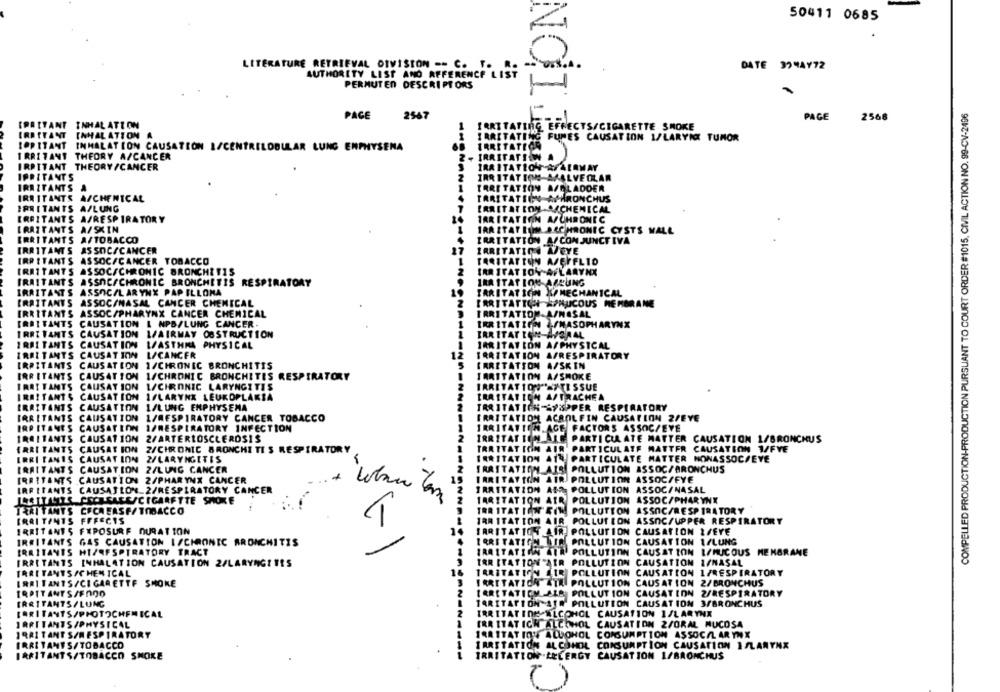
50411 0685
LETERATURE RETRIEVAL DIVISION -- C. T. ..
DATE 324AY72
AUTHORITY LIST AND REFERENCE LIST
PERMUTER DESCRIPTORS
COMPELLED PRODUCTION-PRODUCTION PURSUANT TO COURT ORDER #1015, CIVIL ACTION NO. 99-CV-2496
PACE
2567
PAGE
2568
INHAL ATT ON
ING EFFECTS/CIGARETTE SMOKE
IRRITANT
INHAL ATTON A
IG FUMES CAUSATION 1/LARYICI TUMOR
LOPITANT
INHALATION CAUSATION I/CENTRELOBULAR LUNG ENPHYSENA
IRRITANT THEORY A/CANCER
IRRITATS
IRRITANT THEORY/CANCER
IPRITANTS
IRRITATION AMALVE OLAR
IRRITANTS
TARI TATION A/BLADDER
IRRITANTS
A/CHENICAL
TARITATION ACHRONCHUS
IRRITANTS A/LUNG
LARITATION-A/CHEMICAL
IRRITANTS
A/RESPIRATORY
TAR I TATION A/ CHRONIC
IRRITANT'S
A/SKIN
IRA STATIOM SACHRONIC CYSTS WALL
IRRITANTS
A/TOBACCO
IRRITATION A/ CONJUNCTIVA
AS SOC/CANCER
IRRITANTS
IRRITATION AVEYE
IRRITANTS
ASSOC/CANCER TOBACCO
1
TARITATTON AJEFFLIO
IRRITANTS
ASSOC/CHRONIC BRONCHITIS
IRR TRATTOY AFLARYNX
TRAITANTS ASSOC/CHRONIC BRONCHITIS RESPIRATORY
IRA STATION ASLUNG
IRRITANTS
IRRITATION &/ MECHANICAL
ASSOC/LARYNX PAP ILLONA
ITANT S
ASSOCINASAL CANCER CHEMICAL
IRRITATION APMUCOUS MEMBRANE
TANTS
ASSOC/PHARYNX CANCER CHEMICAL
IRRITATION A/NASAL
TS
CAUSATION L NPB/LUNG CANCER.
IRRITATION JFMASOPHARYNX
RRT
VANTS
CAUSATION I/AIRMAY OBSTRUCTION
IRRITATION-AVORAL
TANTS
CAUSATION W/ASTHMA PHYSICAL
IRRITATION A/ PHYSICAL
NTS
CAUSATION L/CANCER
12
IRRITATION A/RESPIRATORY
TANTS
CAUSATION 1/CHRONIC BRONCHITIS
IRRITATION A/SKIN
TAN
CAUSATION 1/CHRONIC BRONCHITIS RESPIRATORY
IRRITATION A/SMOKE
ITANTS
CAUSATION 1/CHRONIC LARYNGITIS
IRRITAT 109 -7 TISSUE
RAITANTS
IRRITATION A/ TRACHEA
CAUSATION 1/LARYNX LEUKOPLAKIA
RAITANTS
CAUSATION 1/LUNG EMPHYSEMA
IRRITATION ŻYUPPER RESPIRATORY
IRRITANTS
CAUSATION
L/RESPIRATORY CANCER TOBACCO
IRRITATION ACROLFIN CAUSATION 2/EYE
IRPITANES CAUSATION I/RESPIRATORY INFECTION
IRRITATION AGE FACTORS ASSOC/EVE
IRRITANTS
CAUSATION 2/ARTERIOSCLEROSIS
IRRITATION
PARTICULATE MATTER CAUSATION 1/BRONCHUS
RRI TANTS
CAUSATION
2/CHRONIC BRONCHI TI S RESPIRATORY
TRRITAT ICIN AIR PARTICULATE MATTER CAUSATION 1/FVE
RRI TANIS CAUSATION
2/LARYNGITIS
IRRITATION 414 PARTICULATE MATTER NONASSOC/EVE
IRRITANTS
CAUSATION 2/LUNG CANCER
IRRITATION AIS POLLUTION ASSOC/BRONCHUS
CAUSATION 2/PHARYNX CANCER
IRRITATION AIR POLLUTION
ASSOC/FYE
IRRITANTS
IRRITANTS CAUSAJLON 2/RESPIRATORY CANCER
IRRITATION ABD POLLUTION ASSOC/NASAL
ISATTACKS CECREARE/CIGARETTE SMOKE
TARITATION
AIR
POLLUTION ASSOC/PHARYNX
IRRITANT'S CFCREASF/TOBACCO
IRRITATION FIM
POLLUTION
ASSOC/RESPIRATORY
IRRITANTS FFFECTS
IRRITATION AIR POLLUTION ASSOC/UPPER RESPIRATORY
IRRITANTS FEPOSURE DURATION
IRRITATION AIR POLLUTION CAUSATION I/EVE
IRRITANTS GAS CAUSATION I/CHRONIC BRONCHITIS
IRRITATION BIR
POLLUTION CAUSATION 1/LUNG
IRRITANTS HT/RESPIRATORY TRACT
IRRITATION AIR POLLUTION CAUSATION I/MUCOUS MEMBRANE
POLLUTION CAUSATION I/NASAL
IRRITANTS INHALATION CAUSATION 2/LARYNGITIS
TAR ITATION AIR
IRRI TANTS /CHEMICAL
IRRITATION LIR
POLLUTION
CAUSATION 1/RESPIRATORY
IRRITANTS/CIGARETTE SMOKE
IRRITATION STAI POLLUTION CAUSATION 2/BRONCHUS
TRAITANTS/FOOD
TAR[TATICH SLB POLLUTION CAUSATION Z/RESPIRATORY
IRRITANTS/LUNG
TARITAFTON AIR POLLUTION CAUSATION 3/BRONCHUS
[ARITANTS/PHOTOCHEMICAL
2
IRRITATING-NLCONGL CAUSATION 1/LARYNX
IRRITANTS /PHYSICAL
IRRITAT ICH ALCOHOL CAUSATION 2/ORAL MUCOSA
1RA1 TANT S/RESPIRATORY
IRATTAT IONALLOHOL CONSUMPTION ASSOCAL ARYNX
IRRI TANTS/TOBACCO
IRRITATION ALCOHOL CONSUMPTION CAUSATION ISLARYNX
IRRITANTS/TOBACCO SMOKE
IRRITATION .LECERGY CAUSATION 1/BRONCHUS